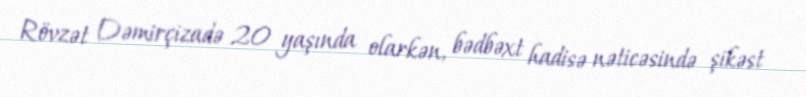
Rövzət Dəmirçizadə 20 yaşında olarkən, bədbəxt hadisə nəticəsində şikəst